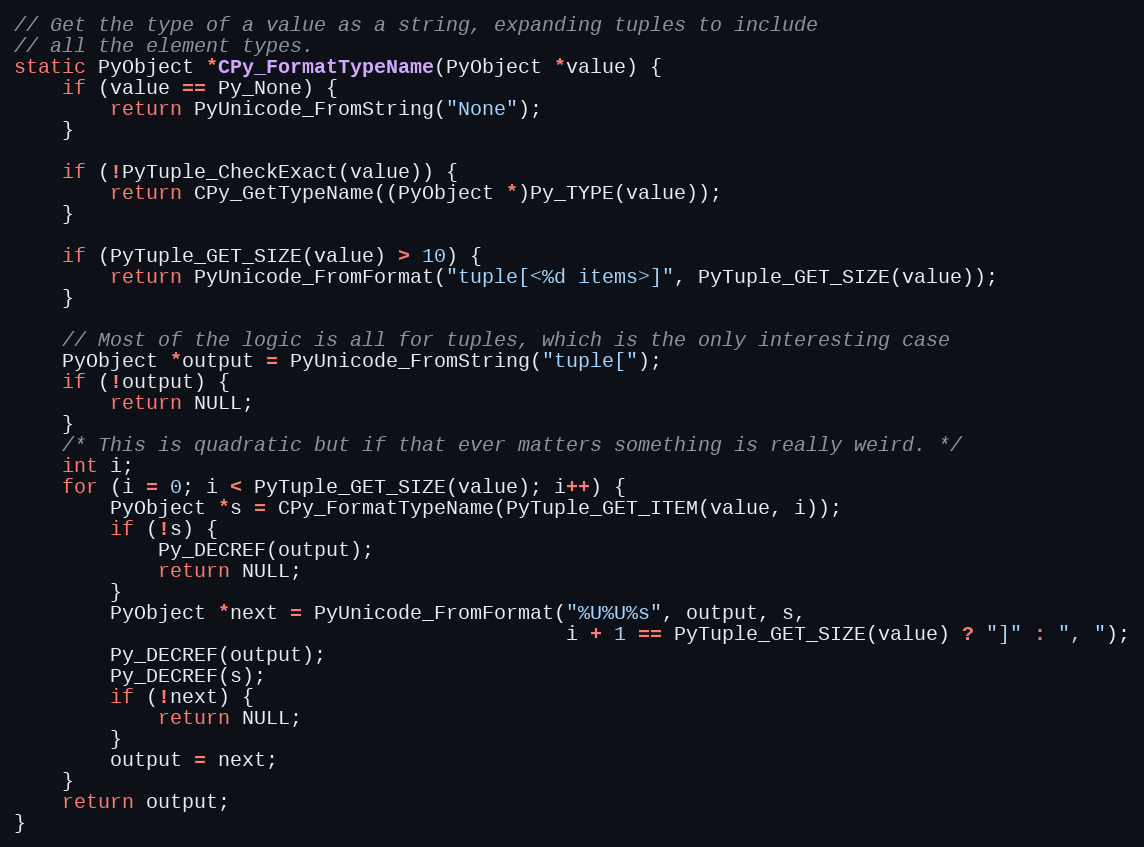
Language: C
// Get the type of a value as a string, expanding tuples to include
// all the element types.
static PyObject *CPy_FormatTypeName(PyObject *value) {
    if (value == Py_None) {
        return PyUnicode_FromString("None");
    }

    if (!PyTuple_CheckExact(value)) {
        return CPy_GetTypeName((PyObject *)Py_TYPE(value));
    }

    if (PyTuple_GET_SIZE(value) > 10) {
        return PyUnicode_FromFormat("tuple[<%d items>]", PyTuple_GET_SIZE(value));
    }

    // Most of the logic is all for tuples, which is the only interesting case
    PyObject *output = PyUnicode_FromString("tuple[");
    if (!output) {
        return NULL;
    }
    /* This is quadratic but if that ever matters something is really weird. */
    int i;
    for (i = 0; i < PyTuple_GET_SIZE(value); i++) {
        PyObject *s = CPy_FormatTypeName(PyTuple_GET_ITEM(value, i));
        if (!s) {
            Py_DECREF(output);
            return NULL;
        }
        PyObject *next = PyUnicode_FromFormat("%U%U%s", output, s,
                                              i + 1 == PyTuple_GET_SIZE(value) ? "]" : ", ");
        Py_DECREF(output);
        Py_DECREF(s);
        if (!next) {
            return NULL;
        }
        output = next;
    }
    return output;
}